Vaccination United Provinces of Agra and Oudh 1902-1913 - 1902-1913
Year: 1902
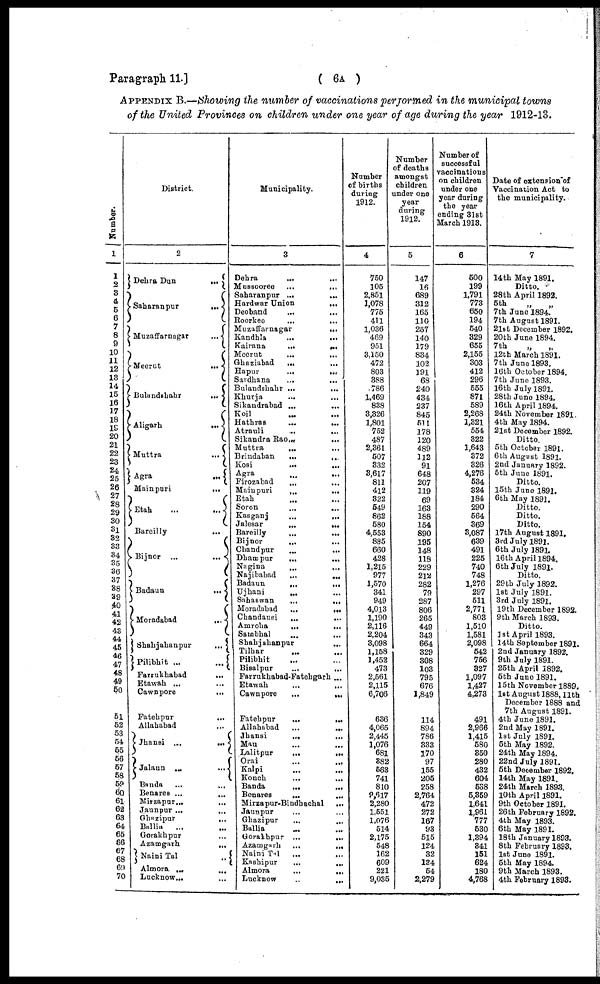
Paragraph 11.]
( 6A )
APPENDIX B.—Showing the number of vaccinations performed in the municipal towns
of the United Provinces on children under one year of age during the year 1912-13.
0umber.
1
1
2
3 4
5
6
7
8
9
10
11
12
13
14
15
16
17
18
19
20
21
22
23
24
25
26
27
28
29
30
3l
32
33
34
36
36
37
38
39
40
41
42
43
44
45
46 47
48
49
50
51
52
53
54
55
56
57
58
59
60
61
62
63
64
65
66
67
68
69
70
District.
2
Dehra Dun
...
Saharanpur
...
Muzaffarnagar
...
Meerut
...
Bulandshahr
...
Aligarh
...
Muttra
...
Agra
...
Mainpuri
...
Etah
...
...
Bareilly
...
Bijnor
...
...
Badaun
...
Moradabad
...
Shahjahanpur
...
pilibhit ...
...
Farrukhabad
...
Etawah ... ...
Cawnpore
...
Fatehpur ...
Allahabad ...
Jhansi ...
...
Jalaun
...
...
Banda ... ...
Benares ...
...
Mirzapur...
...
Jaunpur ...
...
Ghazipur
...
Ballia
...
...
Gorakhpur ...
Azamgarh
...
Naini Tal
..
Almora ... ...
Lucknow...
...
Municipality.
3
Dehra
... ...
Mussooree
...
...
Saharanpur ...
...
Hardwar Union
...
Deoband
... ...
Roorkee
...
...
Muzaffarnagar
...
Kandhla
...
...
Kairana
...
...
Meerut ... ...
Ghaziabad
...
...
Hapur
...
...
Sardhana
...
...
Bulandshahr ...
...
Khurja ... ...
Sikandrabad ...
...
Koil ... ...
Hathras
...
...
Atrauli
...
...
Sikandra Rao...
...
Muttra
...
Brindaban
...
...
Kosi
...
...
Agra
...
...
Firozabad ... ...
Mainpuri
...
...
Etah
Soron
...
...
Kasganj
...
...
Jalesar
...
...
Bareilly
...
...
Bijnor ... ...
Chandpur ... ...
Dhampur
...
...
Nagina ... ...
Najibabad
...
...
Badaun
...
...
Ujhani ... ...
Sahaswan
...
...
Moradabad
...
...
Chandausi
...
...
Amroha
...
...
Sambhal ... ...
Shahjahanpur ...
Tilhar ... ...
Pilibhit ... ...
Bisalpur
Farrukhabad-Fatehgarh ...
Etawah
...
...
Cawnpore
...
...
Fatehpur
...
...
Allahabad
...
...
Jhansi
...
...
Mau ... ...
Lalitpur
...
...
Orai
...
...
Kalpi
...
...
Konch ... ...
Banda
...
...
Benares ... ...
Mirzapur-Bindhachal
...
Jaunpur ... ...
Ghazipur ... ...
Ballia ... ...
Gorakhpur ...
...
Azamgarh
...
...
Naini Tal ... ...
Kashipur
...
...
Almora
...
...
Lucknow
..
...
Number
of births
during
1912.
4
750
105
2,851
1,078
775
411
1,036
469
951
3,150
472
803
388
786
1,469
838
3,326
1,801
752
487
2,361
507
332
3,617
811
412
322
549
862
580
4,553
885
660
428
1,215
977
1,570
341
949
4,013
1,190
2,116
2,204
3,098
1,158
1,452
473
2,561
2,115
6,706
636
4,065
2,445
1,076
681
382
563
741
810
9,617
2,280
1,551
1,076
514
2,175
548
162
609
221
9,035
Number
of deaths
amongst
children
under one
year
during
1912.
5
147
16
689
312
165
110
257
140
179
834
102
191
68
240
434
237
845
511
178
120
489
112
91
648
207
119
69
163
188
154
890
195
148
118
229
212
282
79
287
806
265
449
343
664
329
308
103
795
676
1,849
114
894
786
333
170
97
155
205
258
2,764
472
272
167
93
515
124
32
134
54
2,279
Number of
successful
vaccinations
on children
under one
year during
the year
ending 31st
March 1918.
6
600
199
1,791
773
650
194
540
329
655
2,155
303
412
296
555
871
589
2,268
1,321
554
322
1,643
372
326
4,276
534
324
184
290
564
369
3,087
639
491
225
740
748
1,276
297
511
2,771
803
1,510
1,581
2,098
542
756
327
1,097
1,427
4,273
491
2,966
1,415
580
350
280
432
604
538
5,359
1,641
1,961
777
530
1,394
341
161
624
180
4,768
Date of extension of
Vaccination Act to
the municipality.
7
14 th May 1891.
Ditto.
28th April 1892.
5th
„
„
7th June 1894.
7th August 1891.
21st December 1892.
20th June 1894.
7th „ „
12th March 1891.
7th June 1893.
16th October 1894.
7th June 1893.
16th July 1891.
28th June 1894.
16th April 1894.
24th November 1891.
4th May 1894.
21st December 1892.
Ditto.
5th October 1891.
6th August 1891.
2nd January 1892.
5th June 1891.
Ditto.
15th June 1891.
6th May 1891.
Ditto.
Ditto.
Ditto.
17th August 1891.
3rd July 1891.
6th July 1891.
16th April 1894.
6th July 1891.
Ditto.
29 th July 1892.
1st July 1891.
3rd July 1891.
19th December 1892.
9th March 1893.
Ditto.
1st April 1893.
14th September 1891.
2nd January 1892.
9th July 1891.
25th April 1892.
5th June 1891.
15th November 1889.
1st August 1888,11th
December 1888 and
7th August 1891.
4th June 1891.
2nd May 1891.
1st July 1891.
5th May 1892.
24th May 1894.
22nd July 1891.
5th December 1892.
14th May 1891.
24th March 1893.
10th April 1891.
9th October 1891.
26th February 1892.
4th May 1893.
6th May 1891.
18th January 1893.
8th February 1893.
1st June 1891.
5th May 1894.
9th March 1893.
4th February 1893.